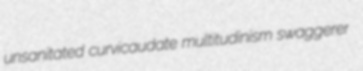
unsanitated curvicaudate multitudinism swaggerer